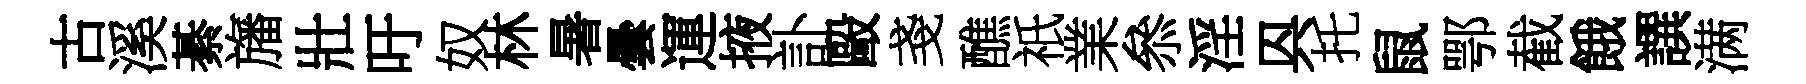
古溪綦旛壯吁奴林暑曇運掖訃毆戔醮祇業叅淫㒷托鼠鄂截餓譔满